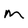
Character: m